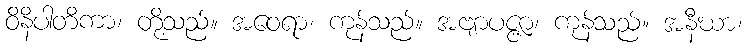
ဝိနိပါတိကာ၊ တို့သည်။ အဝေရာ၊ ကုန်သည်။ အဗျာပဇ္ဇာ၊ ကုန်သည်။ အနီဃာ၊